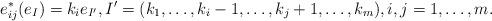
LaTeX: \begin{align*}e_{ij}^{*}(e_I) = k_i e_{I'}, I' = (k_1, \dots, k_i -1, \dots, k_j +1, \dots, k_m), i, j = 1, \dots, m.\end{align*}